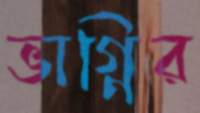
ভাগ্নির